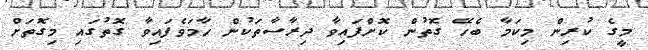
މީގެ ކުރިން މިކަމާ ބެހޭ ގޮތުން ކޮށްފައިވާ ދިރާސާތަކުން ހާމަވެފައިވާ ގޮތުގައި މިގޮތަށް